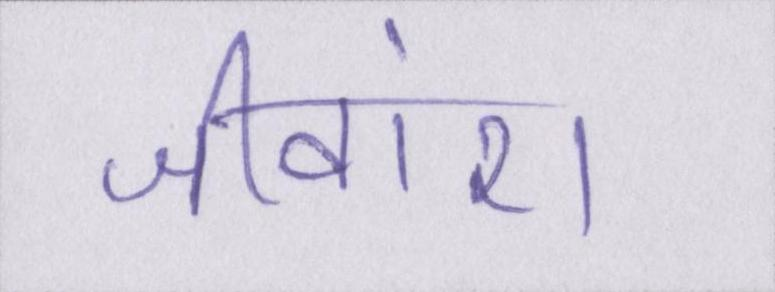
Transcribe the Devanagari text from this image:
जीवांश